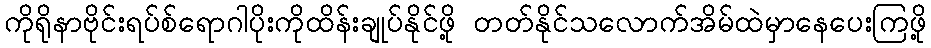
ကိုရိုနာဗိုင်းရပ်စ်ရောဂါပိုးကိုထိန်းချုပ်နိုင်ဖို့ တတ်နိုင်သလောက်အိမ်ထဲမှာနေပေးကြဖို့